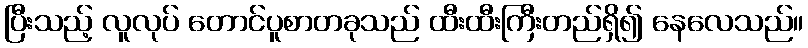
ပြီးသည့် လူလုပ် တောင်ပူစာတခုသည် ထီးထီးကြီးတည်ရှိ၍ နေလေသည်။